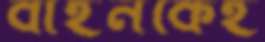
বাহনকেই